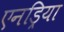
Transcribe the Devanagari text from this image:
एनड्रिया